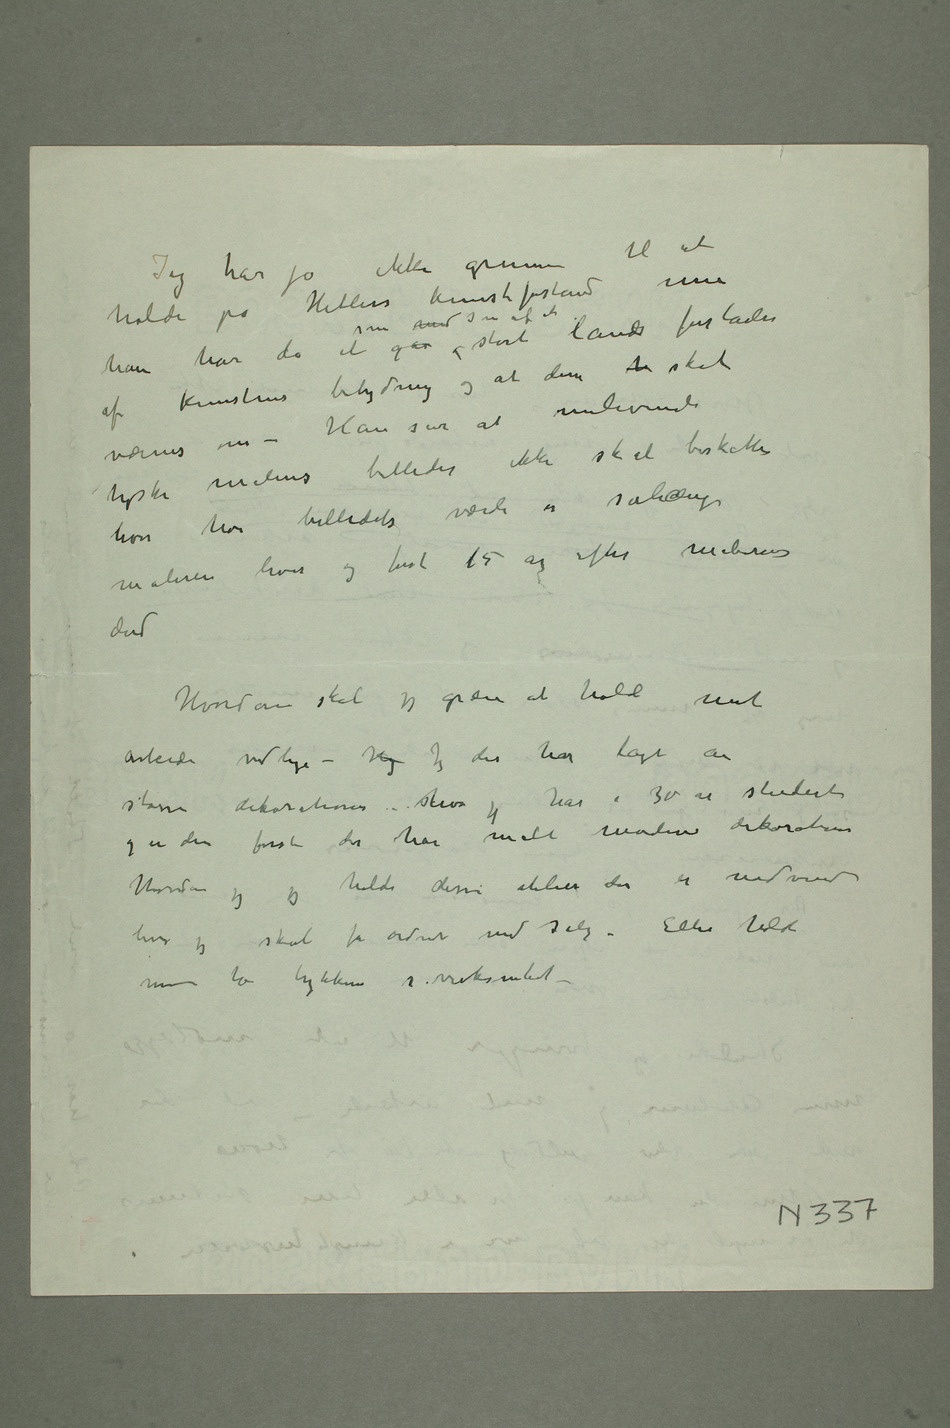
Jeg har jo ikke grunn til at
holde på Hitlers kunstforstand men
af kunstens betydning og at den k skal
– Han sier at
tyske maleres billeder ikke skal beskattes
hvor høi billedets værdi er sålænge
maleren lever og første 15 år efter malerens
død
Hvordan skal jeg greie at holde mit
arbeide vedlige – H Jeg der har lagt an
større dekorationer – shva jeg har i 30 år studert
og er den første der har malt moderne dekorationer
Hvordan jeg jeg holde disse atelier der er nødvendi
hvor jeg skal få ordnet med salg – Eller holde
mine to trykkere i virksomhed